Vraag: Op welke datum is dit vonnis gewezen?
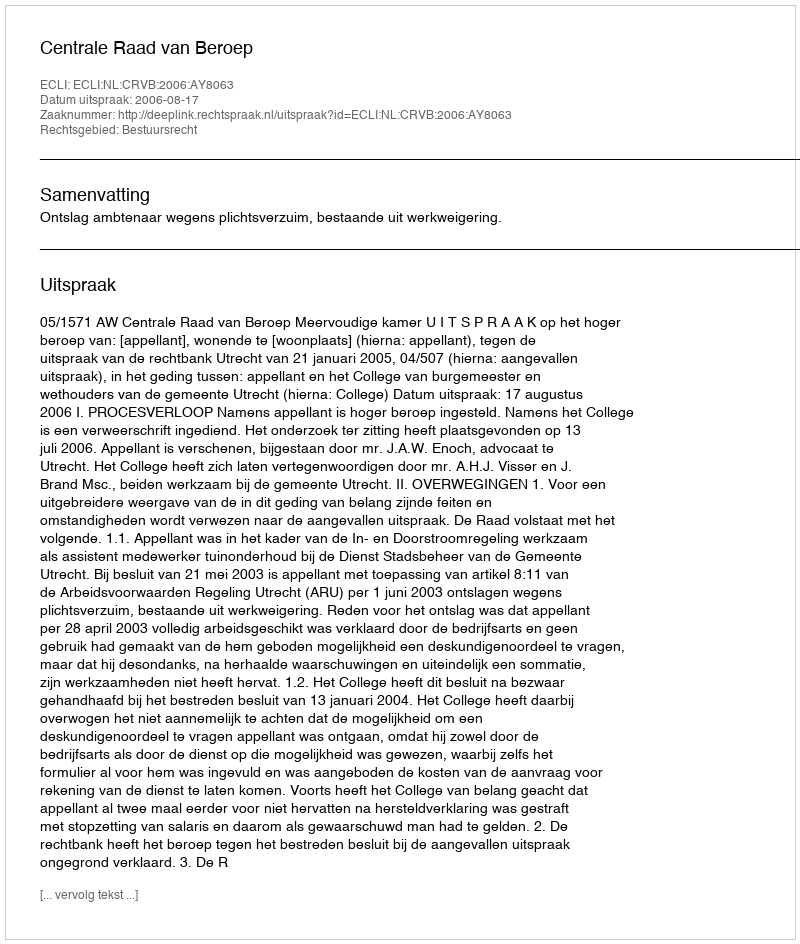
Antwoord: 2006-08-17